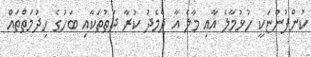
ކުންފުންޏަކީ ހުޅުމާލެ އާއި މާލެ އާ ދެމެދު ކުރާ ދަތުތަކާއި ބަހުގެ ހިދުމަތްތައް